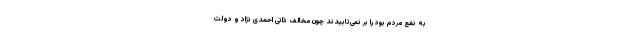
به نفع مردم بود را بر نمی‌تابیدند چون مخالف ذاتی احمدی نژاد و دولت